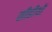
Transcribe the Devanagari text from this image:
सीडीयों